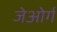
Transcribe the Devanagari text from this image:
जेओर्ग